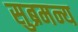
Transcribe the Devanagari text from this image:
सुब्रमन्य